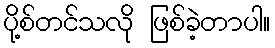
ပို့စ်တင်သလို ဖြစ်ခဲ့တာပါ။